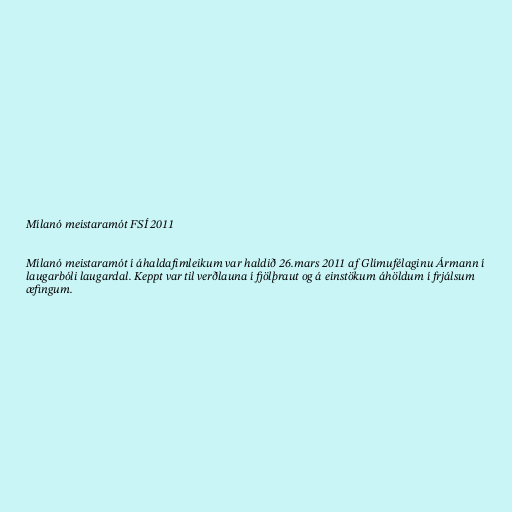
Mílanó meistaramót FSÍ 2011

Mílanó meistaramót í áhaldafimleikum var haldið 26.mars 2011 af Glímufélaginu Ármann í
laugarbóli laugardal. Keppt var til verðlauna í fjölþraut og á einstökum áhöldum í frjálsum
æfingum.